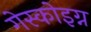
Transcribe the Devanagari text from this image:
गेस्कोइग्न